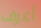
أعرف